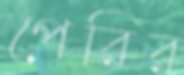
পেরির